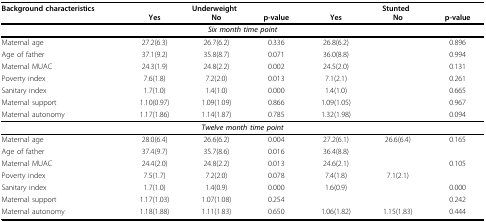
<table><thead><tr><td><b>Background characteristics</b></td><td colspan="3"><b>Underweight</b></td><td colspan="3"><b>Stunted</b></td></tr><tr><td>[EMPTY_CELL]</td><td><b>Yes</b></td><td><b>No</b></td><td><b>p-value</b></td><td><b>Yes</b></td><td><b>No</b></td><td><b>p-value</b></td></tr></thead><tbody><tr><td colspan="7"><b><i>Six month time point</i></b></td></tr><tr><td>Maternal age</td><td>27.2(6.3)</td><td>26.7(6.2)</td><td>0.336</td><td>26.8(6.2)</td><td>[EMPTY_CELL]</td><td>0.896</td></tr><tr><td>Age of father</td><td>37.1(9.2)</td><td>35.8(8.7)</td><td>0.071</td><td>36.0(8.8)</td><td>[EMPTY_CELL]</td><td>0.994</td></tr><tr><td>Maternal MUAC</td><td>24.3(1.9)</td><td>24.8(2.2)</td><td>0.002</td><td>24.5(2.0)</td><td>[EMPTY_CELL]</td><td>0.131</td></tr><tr><td>Poverty index</td><td>7.6(1.8)</td><td>7.2(2.0)</td><td>0.013</td><td>7.1(2.1)</td><td>[EMPTY_CELL]</td><td>0.261</td></tr><tr><td>Sanitary index</td><td>1.7(1.0)</td><td>1.4(1.0)</td><td>0.000</td><td>1.4(1.0)</td><td>[EMPTY_CELL]</td><td>0.665</td></tr><tr><td>Maternal support</td><td>1.10(0.97)</td><td>1.09(1.09)</td><td>0.866</td><td>1.09(1.05)</td><td>[EMPTY_CELL]</td><td>0.967</td></tr><tr><td>Maternal autonomy</td><td>1.17(1.86)</td><td>1.14(1.87)</td><td>0.785</td><td>1.32(1.98)</td><td>[EMPTY_CELL]</td><td>0.094</td></tr><tr><td colspan="7"><b><i>Twelve month time point</i></b></td></tr><tr><td>Maternal age</td><td>28.0(6.4)</td><td>26.6(6.2)</td><td>0.004</td><td>27.2(6.1)</td><td>26.6(6.4)</td><td>0.165</td></tr><tr><td>Age of father</td><td>37.4(9.7)</td><td>35.7(8.6)</td><td>0.016</td><td>36.4(8.8)</td><td>[EMPTY_CELL]</td><td>[EMPTY_CELL]</td></tr><tr><td>Maternal MUAC</td><td>24.4(2.0)</td><td>24.8(2.2)</td><td>0.013</td><td>24.6(2.1)</td><td>[EMPTY_CELL]</td><td>0.105</td></tr><tr><td>Poverty index</td><td>7.5(1.7)</td><td>7.2(2.0)</td><td>0.078</td><td>7.4(1.8)</td><td>7.1(2.1)</td><td>[EMPTY_CELL]</td></tr><tr><td>Sanitary index</td><td>1.7(1.0)</td><td>1.4(0.9)</td><td>0.000</td><td>1.6(0.9)</td><td>[EMPTY_CELL]</td><td>0.000</td></tr><tr><td>Maternal support</td><td>1.17(1.03)</td><td>1.07(1.08)</td><td>0.254</td><td>[EMPTY_CELL]</td><td>[EMPTY_CELL]</td><td>0.242</td></tr><tr><td>Maternal autonomy</td><td>1.18(1.88)</td><td>1.11(1.83)</td><td>0.650</td><td>1.06(1.82)</td><td>1.15(1.83)</td><td>0.444</td></tr></tbody></table>